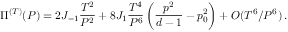
\Pi ^ { ( T ) } ( P ) = 2 J _ { - 1 } { \frac { T ^ { 2 } } { P ^ { 2 } } } + 8 J _ { 1 } { \frac { T ^ { 4 } } { P ^ { 6 } } } \left( { \frac { p ^ { 2 } } { d - 1 } } - p _ { 0 } ^ { 2 } \right) + O ( T ^ { 6 } / P ^ { 6 } ) \, .